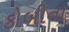
કોબીના